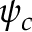
\psi _ { c }